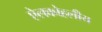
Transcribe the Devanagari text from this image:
ऐलकोहलीय